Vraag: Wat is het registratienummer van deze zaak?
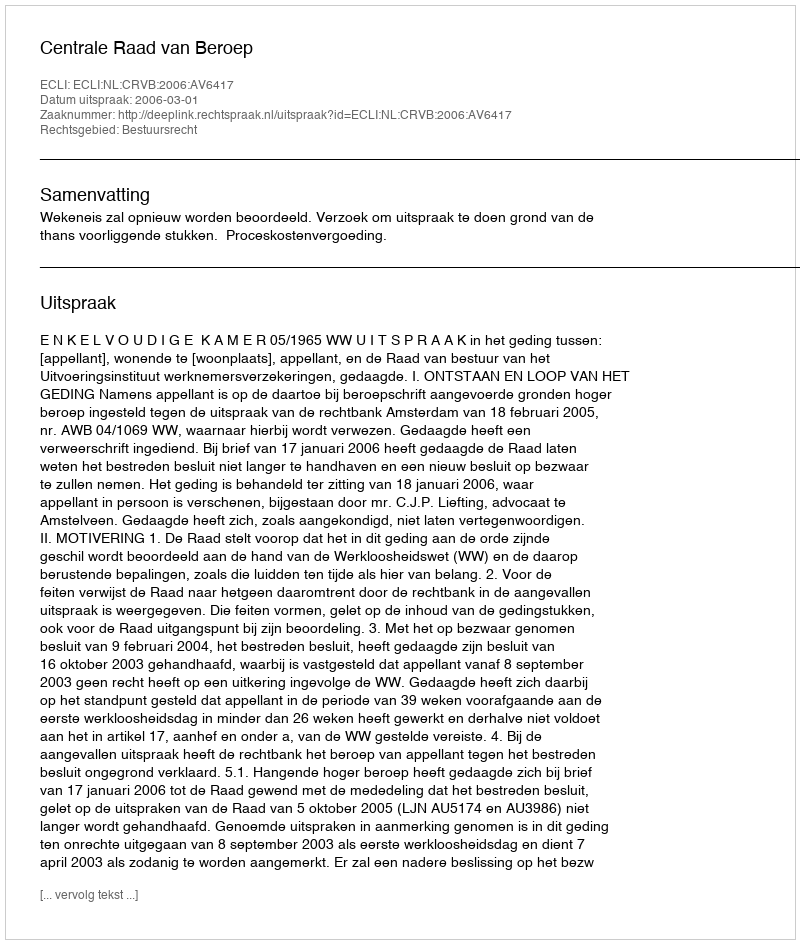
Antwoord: http://deeplink.rechtspraak.nl/uitspraak?id=ECLI:NL:CRVB:2006:AV6417